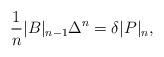
LaTeX: \begin{align*}\frac{1}{n}|B|_{n-1}\Delta^{n}=\delta|P|_n,\end{align*}